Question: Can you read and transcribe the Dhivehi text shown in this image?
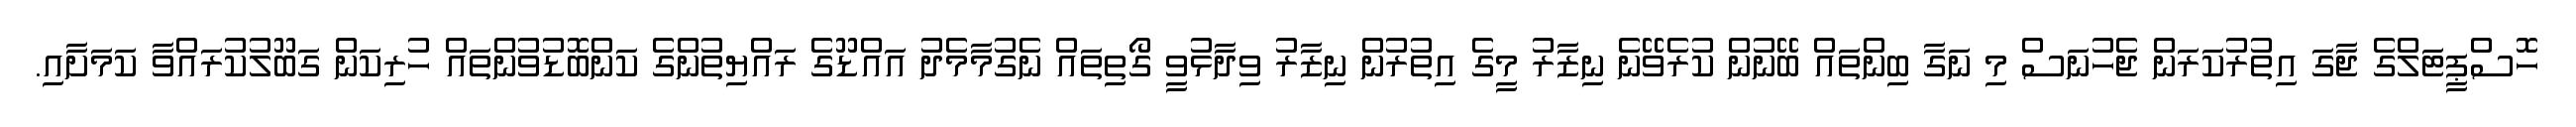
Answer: ހޮސްޕީޓަލްގެ ޖާގަ އިތުރުކަރަން ޖެހުނަސް މި ނަގާ ބިންތައް ބޭނުން ކުރެވޭނެ ނިޒާރު މީގެ އިތުރުން ނިޒާރު ވިދާޅުވީ ގޯތިތައް ނެގުމާމެދު އައްޑޫގެ ރައްޔިތުންގެ ކަންބޮޑުވުންތައް ހުރިކަން ގަބޫލުކުރައްވާ ކަމަށާއި.